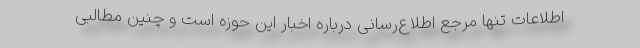
اطلاعات تنها مرجع اطلاع‌رسانی درباره اخبار این حوزه است و چنین مطالبی